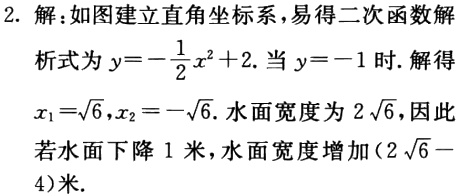
2. 解：如图建立直角坐标系，易得二次函数解析式为\(y = -\frac{1}{2}x^{2}+2\). 当\(y = -1\)时. 解得\(x_{1}=\sqrt{6},x_{2}=-\sqrt{6}\). 水面宽度为\(2\sqrt{6}\)，因此若水面下降 1 米，水面宽度增加\((2\sqrt{6}-4)\)米.